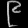
Digit: ၉